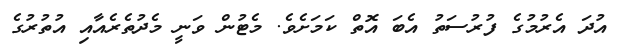
އުދަ އެރުމުގެ ފުރުސަތު އެބަ އޮތް ކަމަށެވެ. މެޓުން ވަނީ މެދުތެރެއާއި އުތުރުގެ